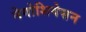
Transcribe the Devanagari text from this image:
नेगोशियेसन